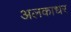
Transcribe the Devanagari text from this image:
अलकाधर